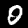
Digit: 0